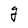
Character: g